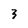
Character: 3